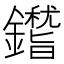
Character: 𨮺